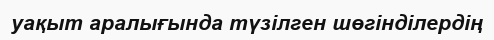
уақыт аралығында түзілген шөгінділердің